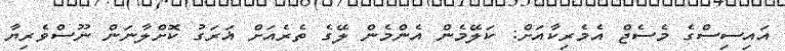
އައިސިސްގެ މެސެޖް އެމެރިކާއަށް: ކަލޭމެން އެންމެން ލޭގެ ތެރެއަށް ޣަރަގު ކޮށްލާނަން ނޫސްވެރިޔާ